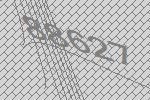
88627